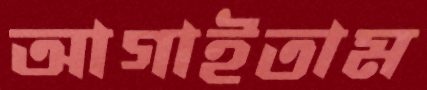
আগাইতাম